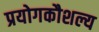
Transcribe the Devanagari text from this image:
प्रयोगकौशल्य